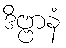
ဒိဗ္ဗာနံ